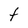
Character: t